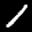
Label: 1